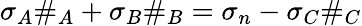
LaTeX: \sigma_{A}\# _{A}+\sigma_{B}\# _{B}=\sigma_{n}-\sigma_{C}\# _{C}